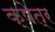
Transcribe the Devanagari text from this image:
क्षेत्र